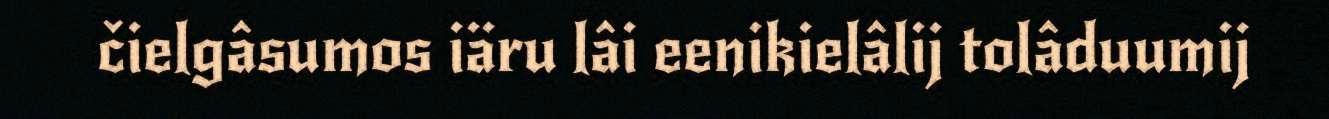
čielgâsumos iäru lâi eenikielâlij tolâduumij